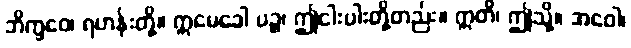
ဘိက္ခဝေ၊ ရဟန်းတို့။ ဣမေခေါ ပဉ္စ၊ ဤငါးပါးတို့တည်း။ ဣတိ၊ ဤသို့။ အဝေါ၊